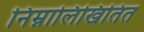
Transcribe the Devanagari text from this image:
निम्नालिखितित